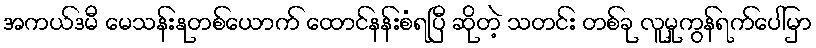
အကယ်ဒမီ မေသန်းနုတစ်ယောက် ထောင်နန်းစံရပြီ ဆိုတဲ့ သတင်း တစ်ခု လူမှုကွန်ရက်ပေါ်မှာ